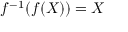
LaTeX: f ^ { - 1 } ( f ( X ) ) = X